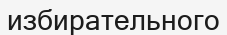
избирательного